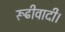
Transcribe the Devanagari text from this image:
रूढीवादी।